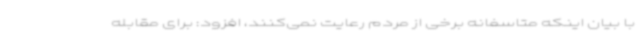
با بیان اینکه متاسفانه برخی از مردم رعایت نمی‌کنند، افزود: برای مقابله